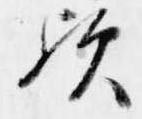
歟